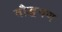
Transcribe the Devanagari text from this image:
बौद्धगण